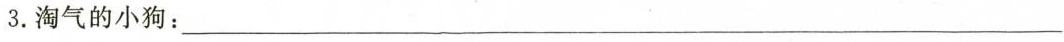
3. 淘气的小狗：___